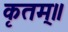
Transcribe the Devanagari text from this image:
कृतम्॥